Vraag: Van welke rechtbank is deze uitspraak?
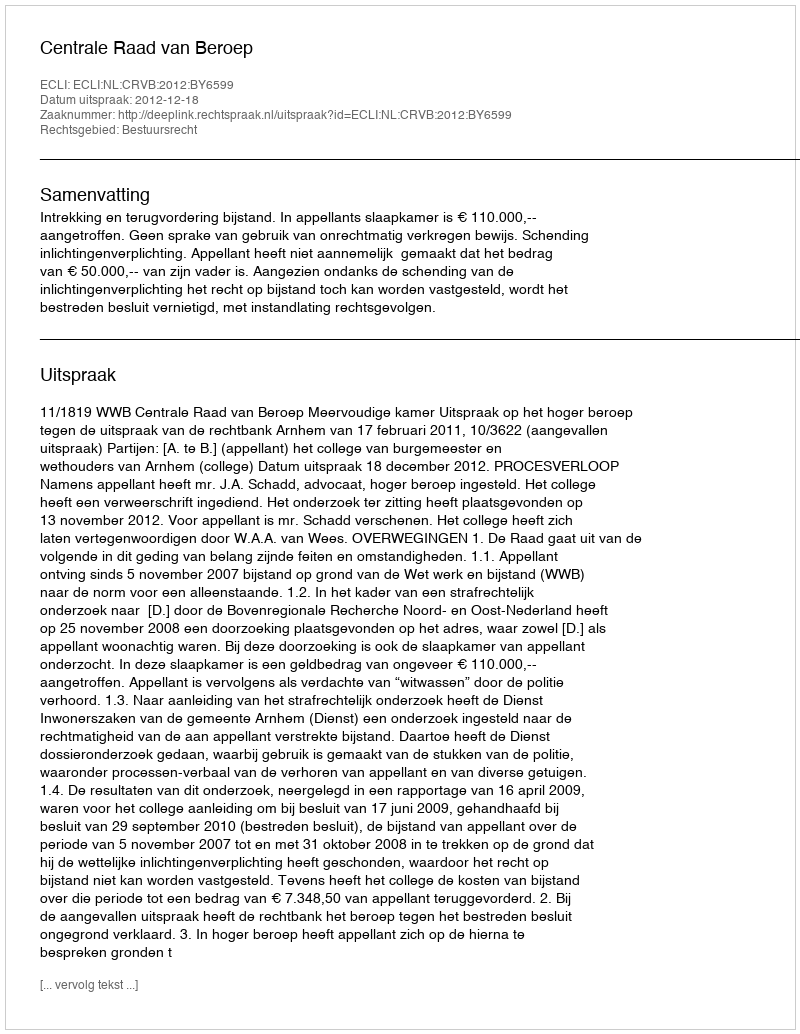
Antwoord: Centrale Raad van Beroep